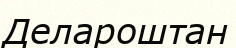
Делароштан